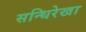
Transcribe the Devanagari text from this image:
सन्धिरेखा